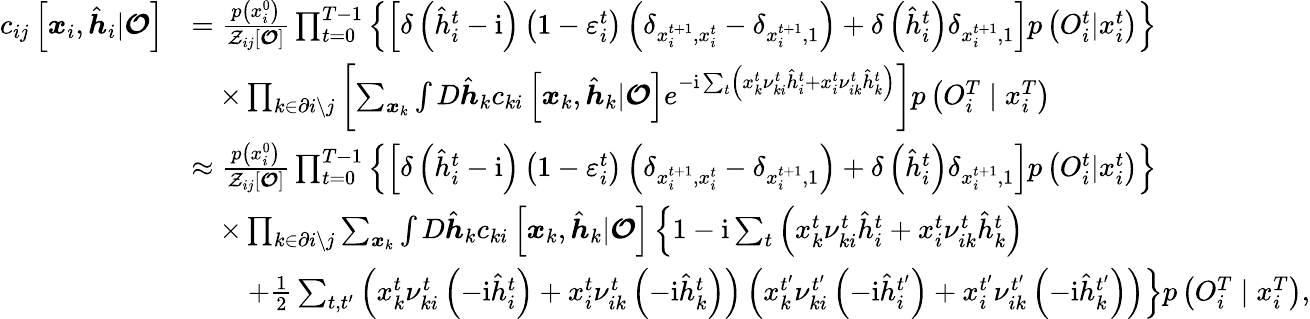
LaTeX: \begin{array}{rl}{c_{ij}\left[\boldsymbol{x}_{i},\hat{\boldsymbol{h}}_{i}|\boldsymbol{\mathcal{O}}\right]}&{=\frac{p\left(x_{i}^{0}\right)}{\mathcal{Z}_{ij}[\boldsymbol{\mathcal{O}}]}\prod_{t=0}^{T-1}\left\{ \left[\delta\left(\hat{h}_{i}^{t}-\mathrm{i}\right)\left(1-\varepsilon_{i}^{t}\right)\left(\delta_{x_{i}^{t+1},x_{i}^{t}}-\delta_{x_{i}^{t+1},1}\right)+\delta\left(\hat{h}_{i}^{t}\right)\delta_{x_{i}^{t+1},1}\right]p\left({O}_{i}^{t}|x_{i}^{t}\right)\right\} }\\ &{\quad\times\prod_{k\in\partial i\setminus j}\left[\sum_{\boldsymbol{x}_{k}}\int D\hat{\boldsymbol{h}}_{k}c_{ki}\left[\boldsymbol{x}_{k},\hat{\boldsymbol{h}}_{k}|\boldsymbol{\mathcal{O}}\right]e^{-\mathrm{i}\sum_{t}\left(x_{k}^{t}\nu_{ki}^{t}\hat{h}_{i}^{t}+x_{i}^{t}\nu_{ik}^{t}\hat{h}_{k}^{t}\right)}\right]p\left({O}_{i}^{T}\mid x_{i}^{T}\right)}\\ &{\approx\frac{p\left(x_{i}^{0}\right)}{\mathcal{Z}_{ij}[\boldsymbol{\mathcal{O}}]}\prod_{t=0}^{T-1}\left\{ \left[\delta\left(\hat{h}_{i}^{t}-\mathrm{i}\right)\left(1-\varepsilon_{i}^{t}\right)\left(\delta_{x_{i}^{t+1},x_{i}^{t}}-\delta_{x_{i}^{t+1},1}\right)+\delta\left(\hat{h}_{i}^{t}\right)\delta_{x_{i}^{t+1},1}\right]p\left({O}_{i}^{t}|x_{i}^{t}\right)\right\} }\\ &{\quad\times\prod_{k\in\partial i\setminus j}\sum_{\boldsymbol{x}_{k}}\int D\hat{\boldsymbol{h}}_{k}c_{ki}\left[\boldsymbol{x}_{k},\hat{\boldsymbol{h}}_{k}|\boldsymbol{\mathcal{O}}\right]\left\{ 1-\mathrm{i}\sum_{t}\left(x_{k}^{t}\nu_{ki}^{t}\hat{h}_{i}^{t}+x_{i}^{t}\nu_{ik}^{t}\hat{h}_{k}^{t}\right)\right.}\\ &{\qquad\left.+\frac{1}{2}\sum_{t,t^{\prime}}\left(x_{k}^{t}\nu_{ki}^{t}\left(-\mathrm{i}\hat{h}_{i}^{t}\right)+x_{i}^{t}\nu_{ik}^{t}\left(-\mathrm{i}\hat{h}_{k}^{t}\right)\right)\left(x_{k}^{t^{\prime}}\nu_{ki}^{t^{\prime}}\left(-\mathrm{i}\hat{h}_{i}^{t^{\prime}}\right)+x_{i}^{t^{\prime}}\nu_{ik}^{t^{\prime}}\left(-\mathrm{i}\hat{h}_{k}^{t^{\prime}}\right)\right)\right\} p\left({O}_{i}^{T}\mid x_{i}^{T}\right),}\end{array}